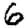
Digit: 6